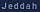
jeddah